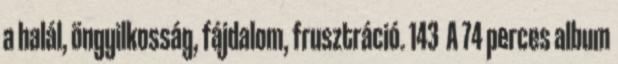
a halál, öngyilkosság, fájdalom, frusztráció. 143 A 74 perces album